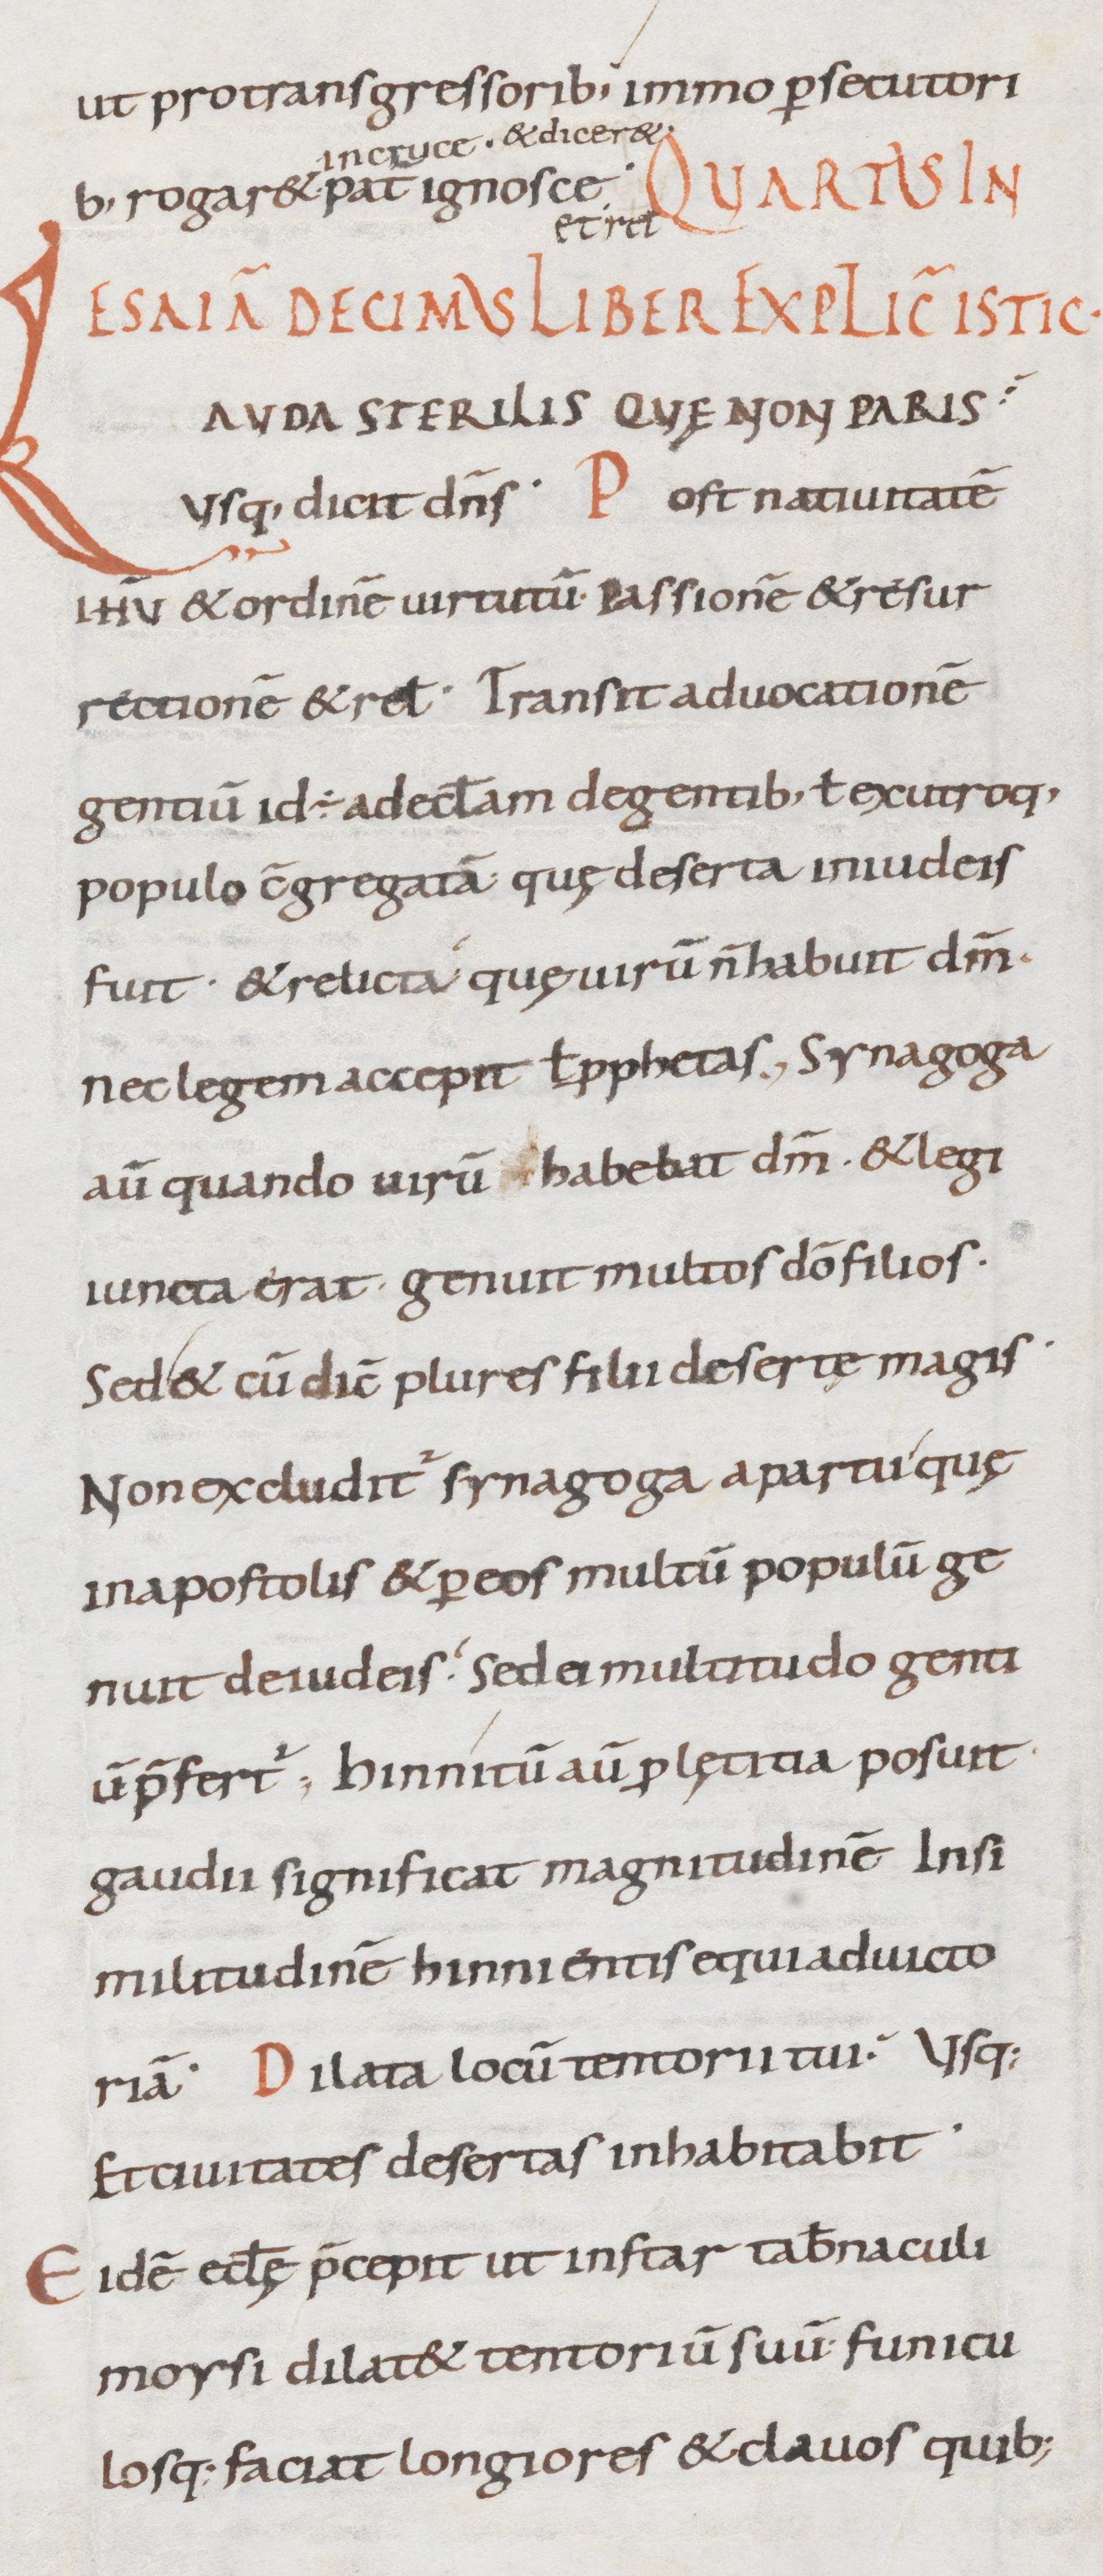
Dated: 800–899